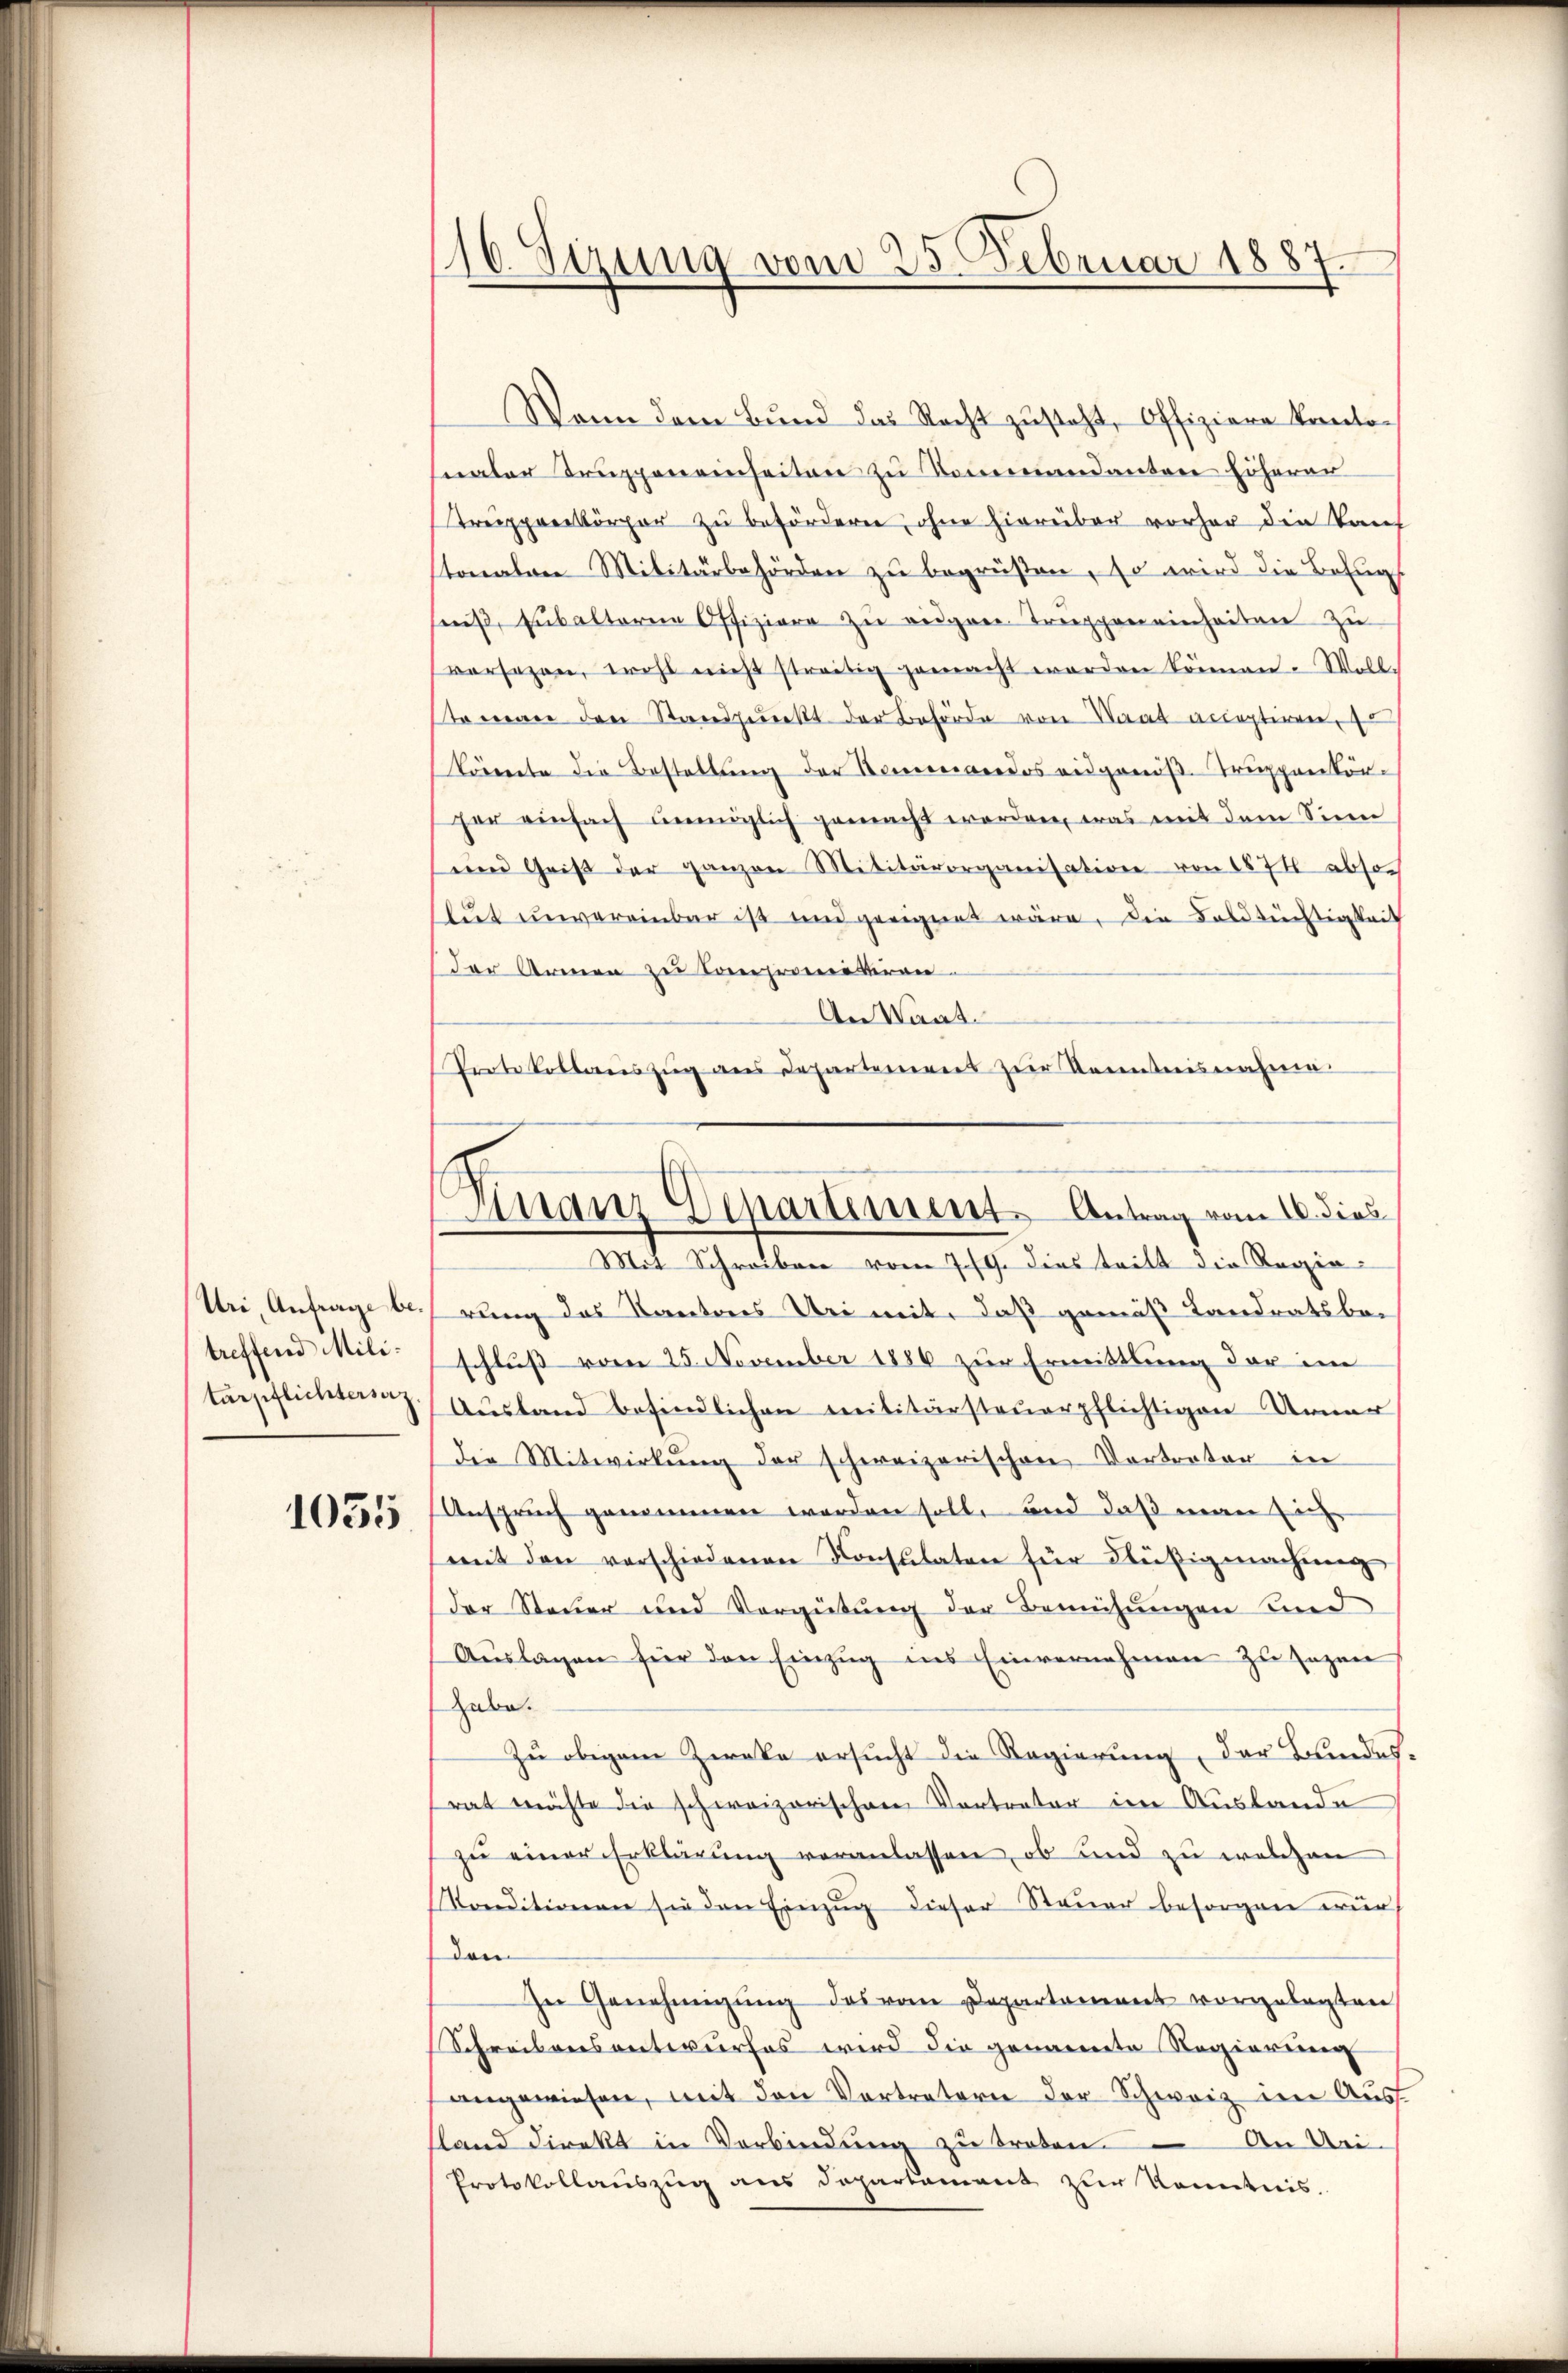
Uri Anfrage betreffend Militärpflichtersez

1055

116. Sizung vom 25. Februar 1887

Finanz Departiment. Antrag vom 10. dies
Mit Schreiben vom 7./9. dies tritt die Regie¬

Wenn dem Bund das Recht zusteht, Offiziere Kantonaler Truppeneinheiten zu Kommandantone höherer
treppenkörper zu befördern, ohne hierüber vorher die Tauf
stonalen Militärbehörden zu begrüßen, so wird die Befug
uß, Eubalterne Offiziere zu eigen Treppen einheiten zu
versehen, wohl nicht streitig gemacht worden können. Woll
stamen den Standpunkt der Behörde von Saat acceptiren.
könnte die Bestellŭng der Kommandos eidgenöß. Truppenkör-
her einfach unmöglich gemacht worden, was mit dem Sinn
en Geiβ der ganzen Militärorganisation von 1874 abso
lut unvereinbar ist und geeignet wäre, die Foldtüchtigkeit
der Armen zu Compromie kiran
An Waat.
Protokollauszug aus Departement zur Kenntnisnahme
rung des Kantores Uri mit, daß gemäß Landratsbe-
schluß vom 25. November 1886 zur Ermittlung der im
Ausland befindlichen militärsteuerpflichtigen Arner
die Mitwirkung der schweizerischen Vortreter in
Anspruch genommen worden soll, und daß neuen Einge
mit den verschiedenen Konsulaten für Flüßigmachung
der Steuer und Vergütung der Bemühungen und
Auslagen für den Einzug ins Einvernehmen zu sagen
habe.
Zu obigem Zweke ersucht die Regierung, der Bundes-
rat möchte die schweizerischere Vertreter im Auslande
zu einer Erklärung veranlassen, ob und zu welchen
Konditionen sie den Einzug dieser Steuer besorgen wurden
In Genehmigung des vom Departement vorgelegten
Schreibensentwurfes wird die genannte Regierung
angewiesen, mit den Vertretern der Schweiz im Ausland direkt in Verbindung zu treten. An Mei
Protokollauszug aus Departement zur Kenntnis.